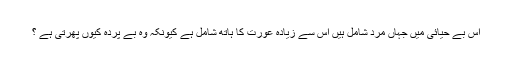
اس بے حیائی میں جہاں مرد شامل ہیں اس سے زیادہ عورت کا ہاتھ شامل ہے کیونکہ وہ بے پردہ کیوں پھرتی ہے ؟